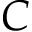
C